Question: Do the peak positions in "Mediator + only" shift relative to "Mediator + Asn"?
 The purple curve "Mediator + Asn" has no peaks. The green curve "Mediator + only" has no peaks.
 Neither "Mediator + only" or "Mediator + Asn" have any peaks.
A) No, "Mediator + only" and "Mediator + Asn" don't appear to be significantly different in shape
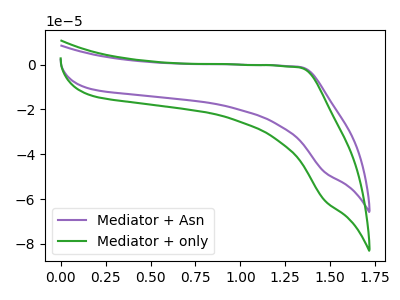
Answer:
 <answer>A) No, "Mediator + only" and "Mediator + Asn" don't appear to be significantly different in shape</answer>
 <eval>A</eval>